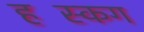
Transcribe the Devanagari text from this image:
हस्किंग